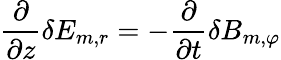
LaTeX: \frac{\partial}{\partial z}\delta E_{m,r}=-\frac{\partial}{\partial t}\delta B_{m,\varphi}